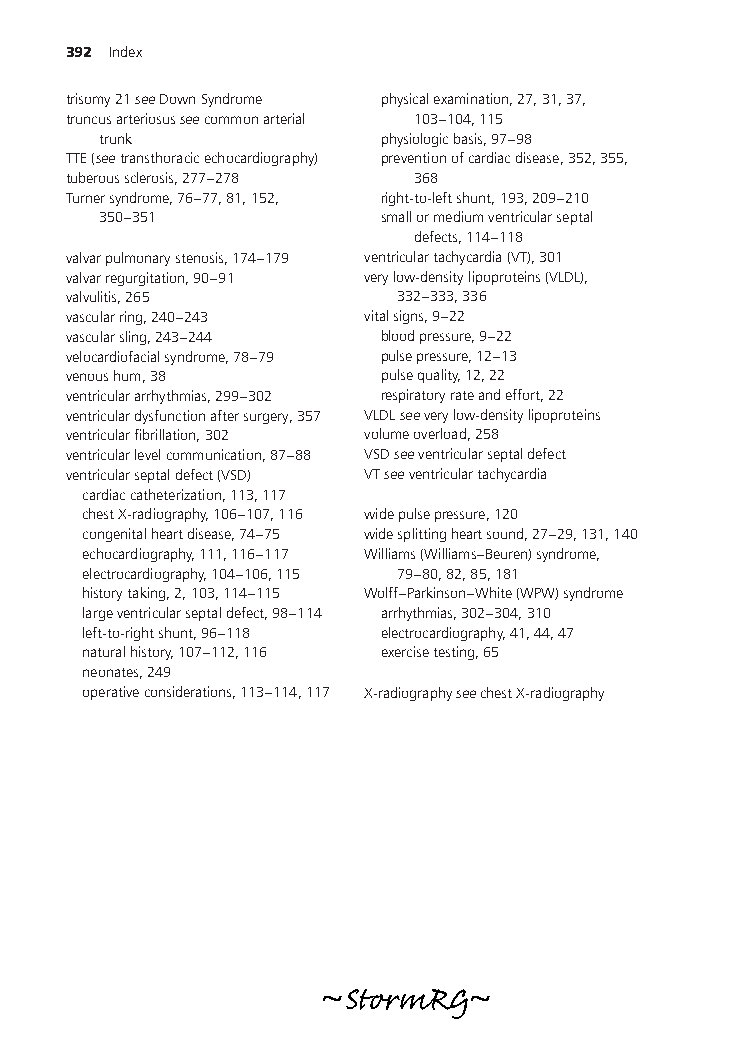
392 Index
 trisomy21seeDownSyndrome physicalexamination,27,31,37,
 truncusarteriosusseecommonarterial 103–104,115
 trunk              physiologicbasis,97–98
 TTE(seetransthoracicechocardiography) preventionofcardiacdisease,352,355,
 tuberoussclerosis,277–278 368
 Turnersyndrome,76–77,81,152, right-to-leftshunt,193,209–210
 350–351            smallormediumventricularseptal
 defects,114–118
 valvarpulmonarystenosis,174–179 ventriculartachycardia(VT),301
 valvarregurgitation,90–91 verylow-densitylipoproteins(VLDL),
 valvulitis,265        332–333,336
 vascularring,240–243 vitalsigns,9–22
 vascularsling,243–244 bloodpressure,9–22
 velocardiofacialsyndrome,78–79 pulsepressure,12–13
 venoushum,38         pulsequality,12,22
 ventriculararrhythmias,299–302 respiratoryrateandeffort,22
 ventriculardysfunctionaftersurgery,357 VLDLseeverylow-densitylipoproteins
 ventricularfibrillation,302 volumeoverload,258
 ventricularlevelcommunication,87–88 VSDseeventricularseptaldefect
 ventricularseptaldefect(VSD) VTseeventriculartachycardia
 cardiaccatheterization,113,117
 chestX-radiography,106–107,116 widepulsepressure,120
 congenitalheartdisease,74–75 widesplittingheartsound,27–29,131,140
 echocardiography,111,116–117 Williams(Williams–Beuren)syndrome,
 electrocardiography,104–106,115 79–80,82,85,181
 historytaking,2,103,114–115 Wolff–Parkinson–White(WPW)syndrome
 largeventricularseptaldefect,98–114 arrhythmias,302–304,310
 left-to-rightshunt,96–118 electrocardiography,41,44,47
 naturalhistory,107–112,116 exercisetesting,65
 neonates,249
 operativeconsiderations,113–114,117 X-radiographyseechestX-radiography
 ~StormRG~